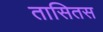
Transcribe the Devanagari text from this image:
तासितस